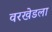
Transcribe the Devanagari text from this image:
वरखेडला